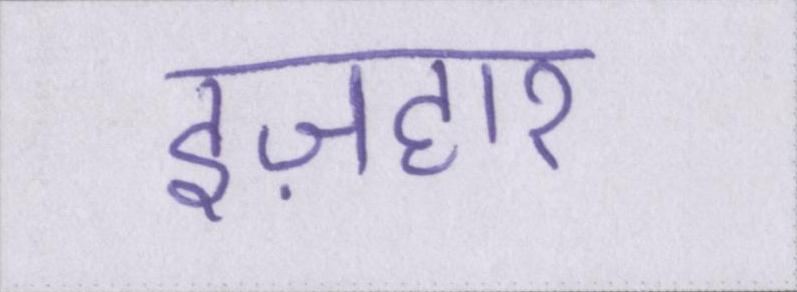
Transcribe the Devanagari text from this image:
इज़हार